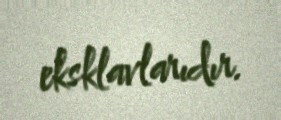
eksklavlarıdır.